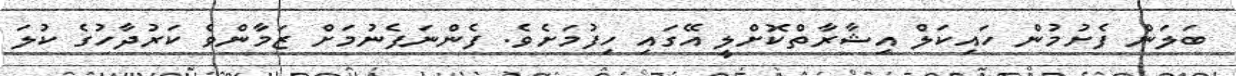
ބަލަން ފެށުމުން ހައިކަލް އިޝާރާތްކޮށްލީ އޭގައި ހިފުމަށެވެ. ފެންނަފެނުމަށް ޒަމާންވެ ކަރުދާހުގެ ކުލަ